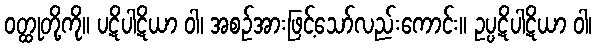
ဝတ္ထုတို့ကို။ ပဋိပါဋိယာ ဝါ၊ အစဉ်အားဖြင့်သော်လည်းကောင်း။ ဥပ္ပဋိပါဋိယာ ဝါ၊